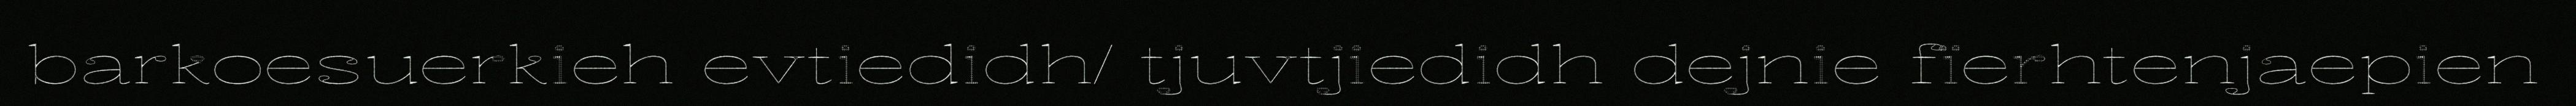
barkoesuerkieh evtiedidh/ tjuvtjiedidh dejnie fïerhtenjaepien